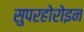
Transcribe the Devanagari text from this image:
सुपरहोरोइन